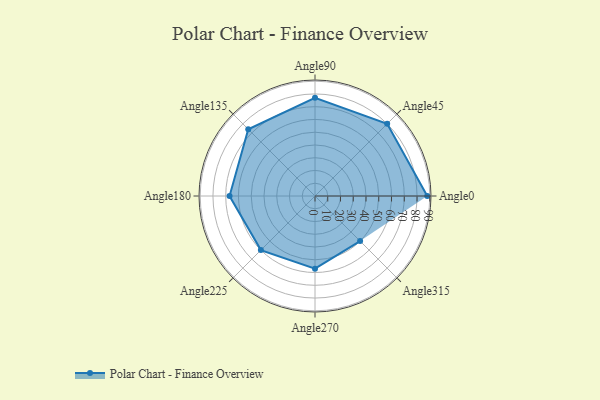
{"axis": {"x": "Angle", "y": "Radius"}, "legend": [""], "data": [{"x": "Angle0", "y": 88.0, "type": ""}, {"x": "Angle45", "y": 80.0, "type": ""}, {"x": "Angle90", "y": 77.0, "type": ""}, {"x": "Angle135", "y": 74.0, "type": ""}, {"x": "Angle180", "y": 67.0, "type": ""}, {"x": "Angle225", "y": 60.0, "type": ""}, {"x": "Angle270", "y": 57.0, "type": ""}, {"x": "Angle315", "y": 50, "type": ""}]}